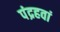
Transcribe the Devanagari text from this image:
पंद्रहवां